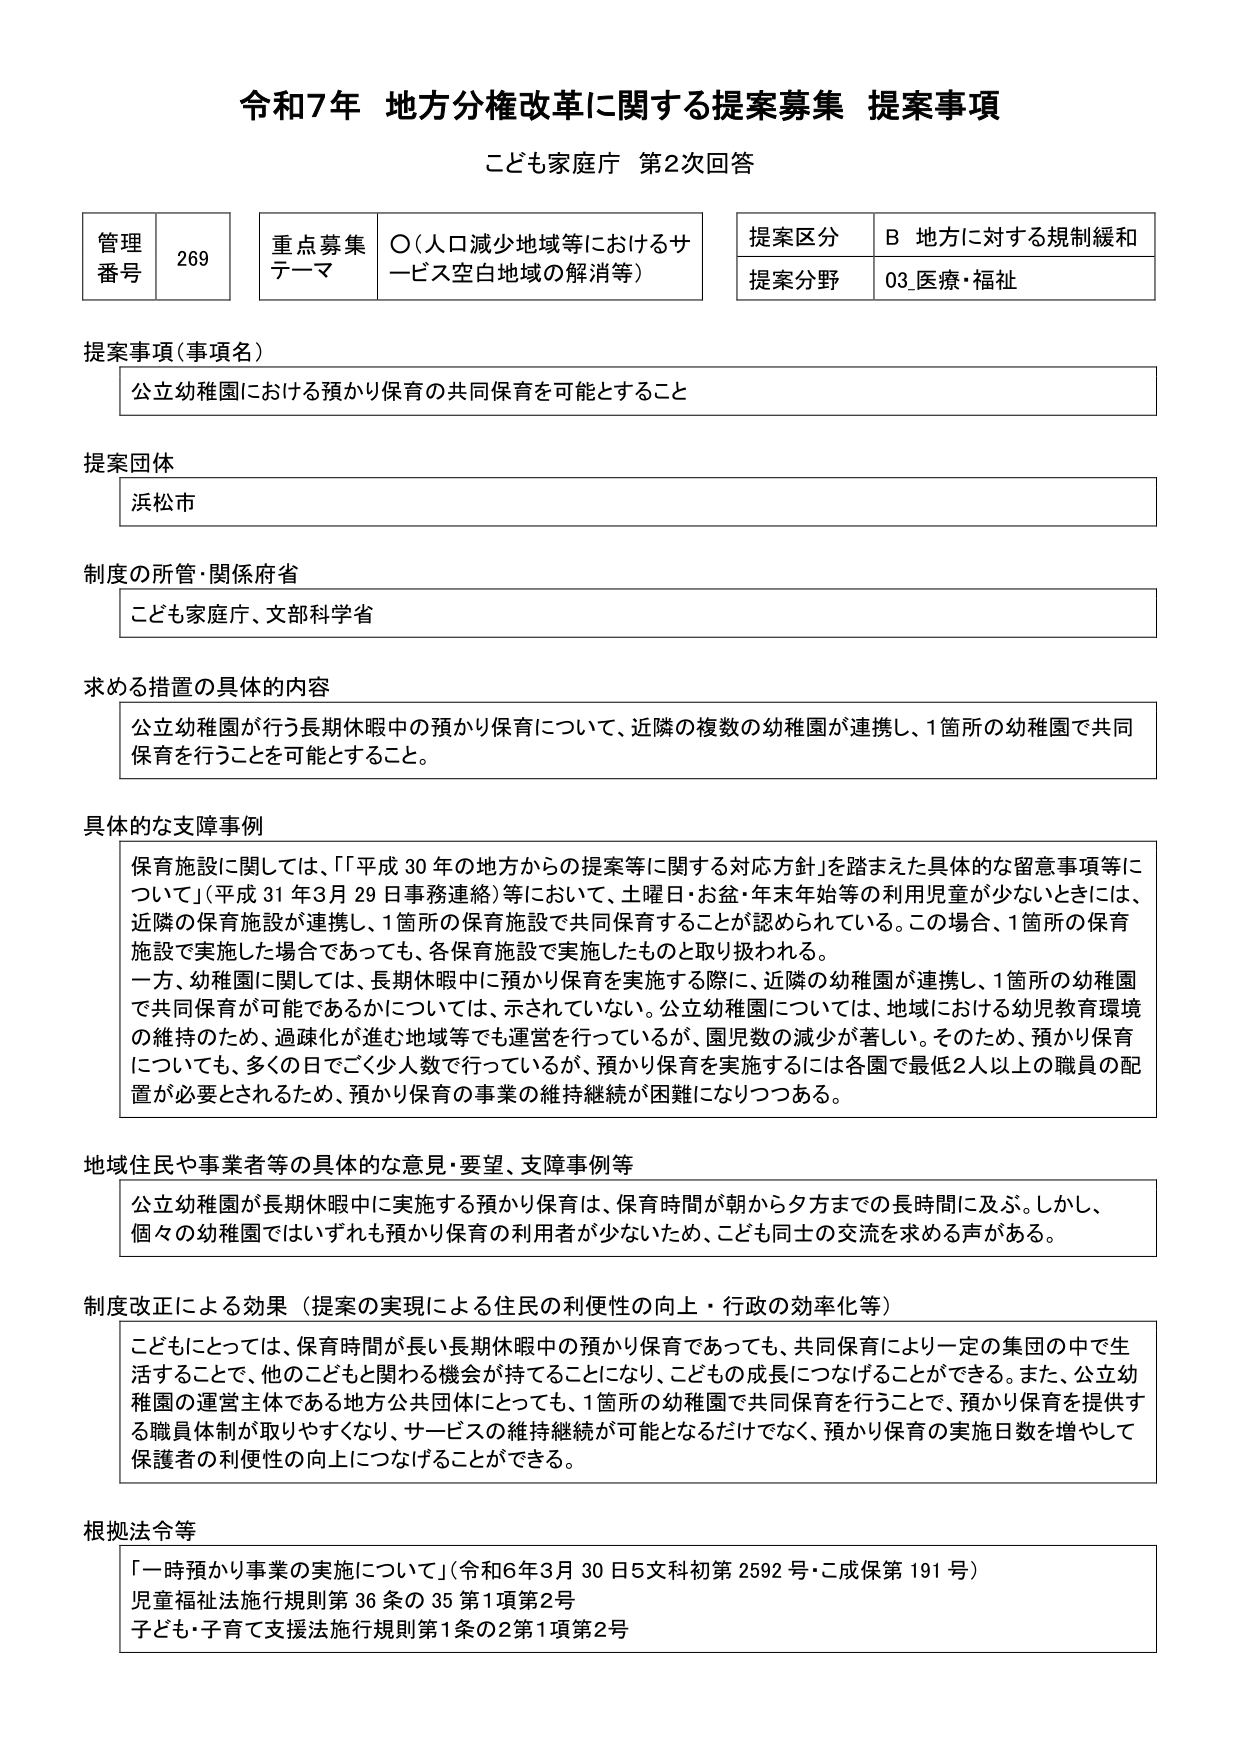
令和7年 地方分権改革に関する提案募集 提案事項
こども家庭庁 第2次回答

管理番号 269
重点募集テーマ ○（人口減少地域等におけるサービス空白地域の解消等）
提案区分 B 地方に対する規制緩和
提案分野 03_医療・福祉

提案事項（事項名）
公立幼稚園における預かり保育の共同保育を可能とすること

提案団体
浜松市

制度の所管・関係府省
こども家庭庁、文部科学省

求める措置の具体的内容
公立幼稚園が行う長期休暇中の預かり保育について、近隣の複数の幼稚園が連携し、1箇所の幼稚園で共同保育を行うことを可能とすること。

具体的な支障事例
保育施設に関しては、「平成30年の地方からの提案等に関する対応方針」を踏まえた具体的な留意事項等について」（平成31年3月29日事務連絡）等において、土曜日・お盆・年末年始等の利用児童が少ないときには、近隣の保育施設が連携し、1箇所の保育施設で共同保育することが認められている。この場合、1箇所の保育施設で実施した場合であっても、各保育施設で実施したものと取り扱われる。
一方、幼稚園に関しては、長期休暇中に預かり保育を実施する際に、近隣の幼稚園が連携し、1箇所の幼稚園で共同保育が可能であるかについては、示されていない。公立幼稚園については、地域における幼児教育環境の維持のため、過疎化が進む地域等でも運営を行っているが、園児数の減少が著しい。そのため、預かり保育についても、多くの日でごく少人数で行っているが、預かり保育を実施するには各園で最低2人以上の職員の配置が必要とされるため、預かり保育の事業の維持継続が困難になりつつある。

地域住民や事業者等の具体的な意見・要望、支障事例等
公立幼稚園が長期休暇中に実施する預かり保育は、保育時間が朝から夕方までの長時間に及ぶ。しかし、個々の幼稚園ではいずれも預かり保育の利用者が少ないため、こども同士の交流を求める声がある。

制度改正による効果（提案の実現による住民の利便性の向上・行政の効率化等）
こどもにとっては、保育時間が長い長期休暇中の預かり保育であっても、共同保育により一定の集団の中で生活することで、他のこどもと関わる機会が持てることになり、こどもの成長につなげることができる。また、公立幼稚園の運営主体である地方公共団体にとっても、1箇所の幼稚園で共同保育を行うことで、預かり保育を提供する職員体制が取りやすくなり、サービスの維持継続が可能となるだけでなく、預かり保育の実施日数を増やして保護者の利便性の向上につなげることができる。

根拠法令等
「一時預かり事業の実施について」（令和6年3月30日5文科初第2592号・こ成保第191号）
児童福祉法施行規則第36条の35第1項第2号
子ども・子育て支援法施行規則第1条の2第1項第2号